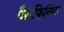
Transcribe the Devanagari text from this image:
पैराफिनिक